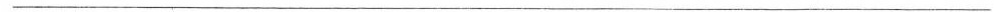
___